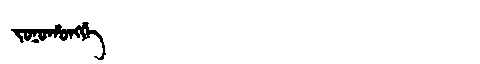
Manchu: ᠵᠣᠨᠣᡥᠣᠩᡤᡝ
Romanization: JONOHONGGE